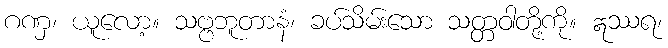
ဂဏှ၊ ယူလော့။ သဗ္ဗဘူတာနံ၊ ခပ်သိမ်းသော သတ္တဝါတို့ကို။ ဣဿရ၊